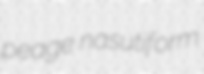
peage nasutiform